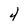
Character: 4